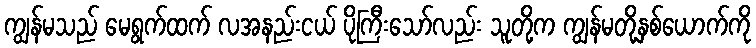
ကျွန်မသည် မေရွက်ထက် လအနည်းငယ် ပိုကြီးသော်လည်း သူတို့က ကျွန်မတို့နှစ်ယောက်ကို